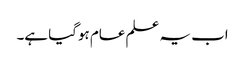
اب یہ علم عام ہوگیا ہے۔